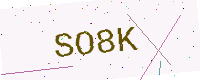
Text: SO8K